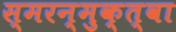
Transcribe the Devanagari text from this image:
स्मरन्मुक्त्वा